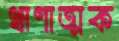
ঋণাত্মক